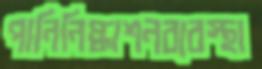
পানিনিষ্কাশনব্যবস্থা